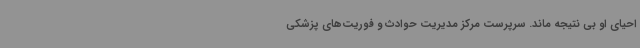
احیای او بی نتیجه ماند. سرپرست مرکز مدیریت حوادث و فوریت‌های پزشکی